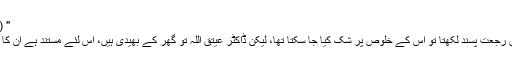
" (ص420)
اگریہ باتیں رجعت پسند لکھتا تو اس کے خلوص پر شک کیا جا سکتا تھا، لیکن ڈاکٹر عیتق اللہ تو گھر کے بھیدی ہیں، اس لئے مستند ہے ان کا فرمایا ہوا۔